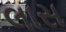
લાસ